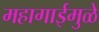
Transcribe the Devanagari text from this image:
महागाईमुळे